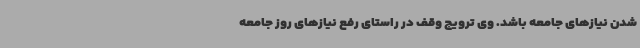
شدن نیازهای جامعه باشد. وی ترویج وقف در راستای رفع نیازهای روز جامعه